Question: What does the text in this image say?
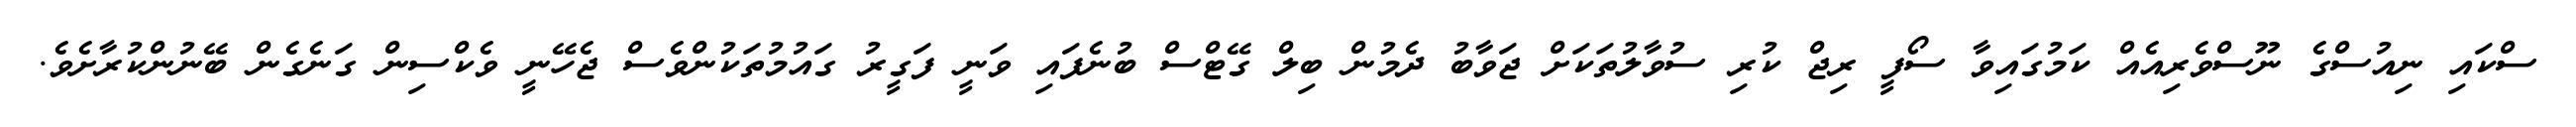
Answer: ސްކައި ނިއުސްގެ ނޫސްވެރިއެއް ކަމުގައިވާ ސޯފީ ރިޖް ކުރި ސުވާލުތަކަށް ޖަވާބު ދެމުން ބިލް ގޭޓްސް ބުނެފައި ވަނީ ފަގީރު ގައުމުތަކުންވެސް ޖެހޭނީ ވެކްސިން ގަނެގެން ބޭނުންކުރާށެވެ.